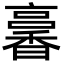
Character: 㐯